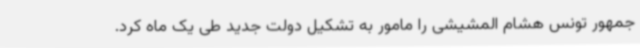
جمهور تونس هشام المشیشی را مامور به تشکیل دولت جدید طی یک ماه کرد.